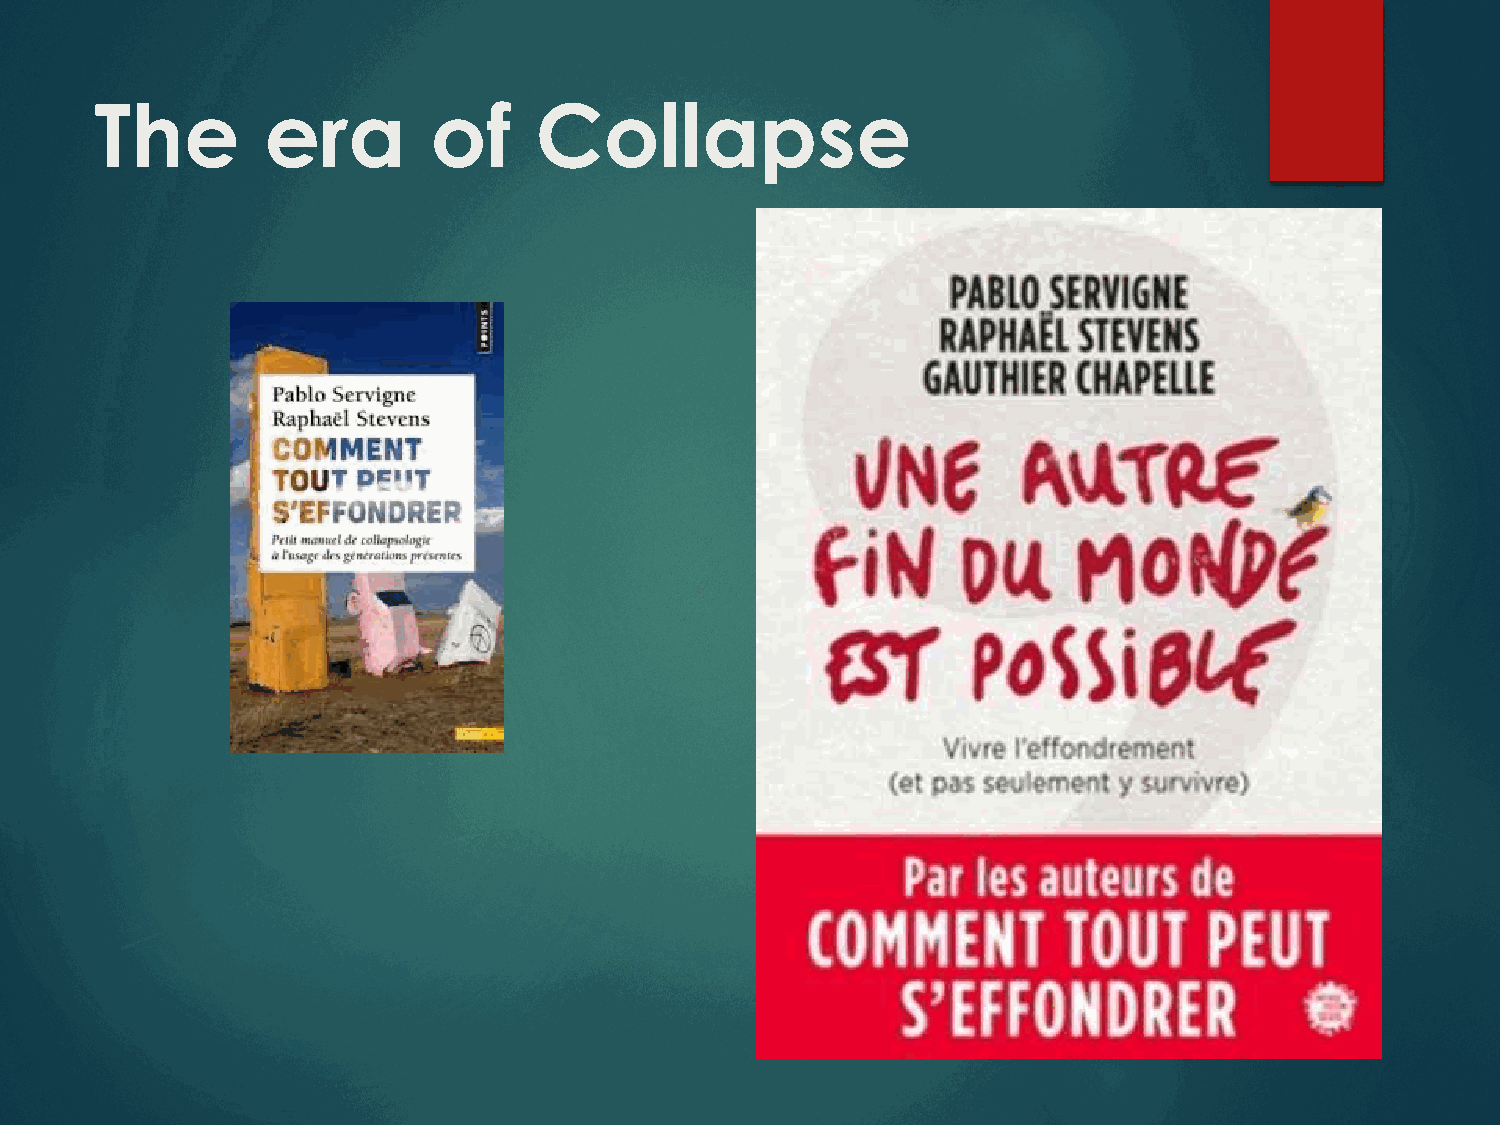
The        era         of    Collapse